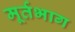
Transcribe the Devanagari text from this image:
मूर्तभाग